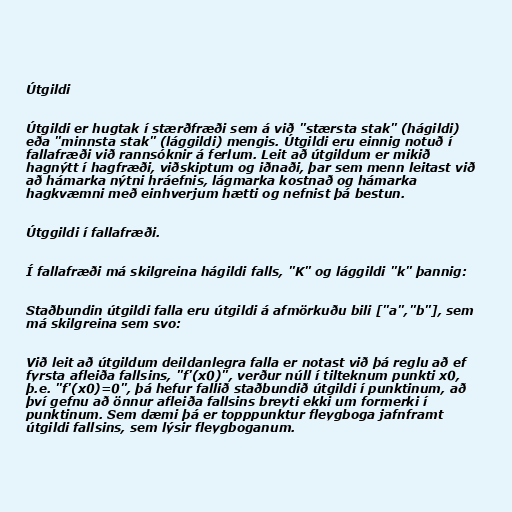
Útgildi

Útgildi er hugtak í stærðfræði sem á við "stærsta stak" (hágildi)
eða "minnsta stak" (lággildi) mengis. Útgildi eru einnig notuð í
fallafræði við rannsóknir á ferlum. Leit að útgildum er mikið
hagnýtt í hagfræði, viðskiptum og iðnaði, þar sem menn leitast við
að hámarka nýtni hráefnis, lágmarka kostnað og hámarka
hagkvæmni með einhverjum hætti og nefnist þá bestun.

Útggildi í fallafræði.

Í fallafræði má skilgreina hágildi falls, "K" og lággildi "k" þannig:

Staðbundin útgildi falla eru útgildi á afmörkuðu bili ["a","b"], sem
má skilgreina sem svo:

Við leit að útgildum deildanlegra falla er notast við þá reglu að ef
fyrsta afleiða fallsins, "f'(x0)", verður núll í tilteknum punkti x0,
þ.e. "f'(x0)=0", þá hefur fallið staðbundið útgildi í punktinum, að
því gefnu að önnur afleiða fallsins breyti ekki um formerki í
punktinum. Sem dæmi þá er topppunktur fleygboga jafnframt
útgildi fallsins, sem lýsir fleygboganum.